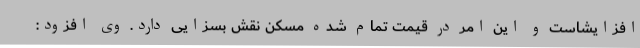
افزایشاست و این امر در قیمت تمام شده مسکن نقش بسزایی دارد. وی افزود: